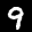
Label: 9